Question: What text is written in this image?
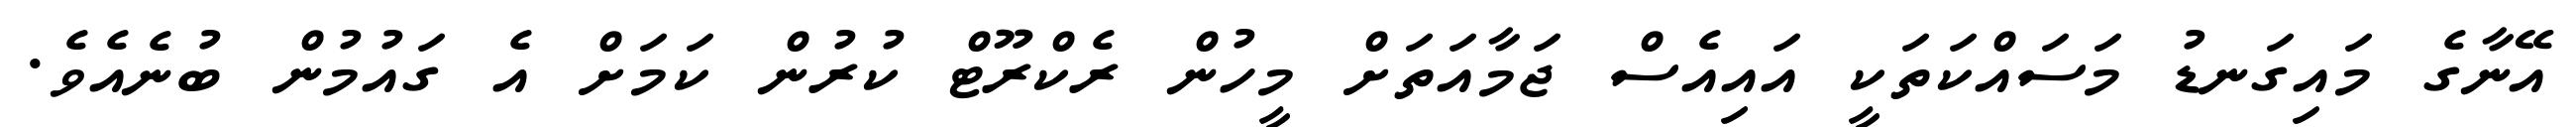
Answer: އޭނާގެ މައިގަނޑު މަސައްކަތަކީ އައިއެސް ޖަމާއަތަށް މީހުން ރެކްރޫޓް ކުރުން ކަމަށް އެ ގައުމުން ބުނެއެވެ.